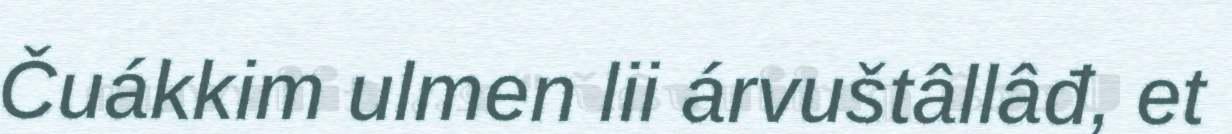
Čuákkim ulmen lii árvuštâllâđ, et